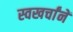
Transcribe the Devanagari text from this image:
स्वखर्चांनें